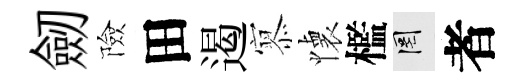
劒險田遏𡪹懐檻罔者